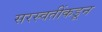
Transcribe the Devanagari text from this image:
सरस्वतींकडून